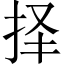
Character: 择